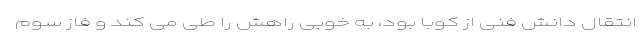
انتقال دانش فنی از کوبا بود، به خوبی راهش را طی می کند و فاز سوم